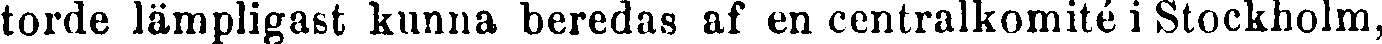
torde lämpligast kunna beredas af en centralkomité i Stockholm,